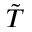
\tilde { T }